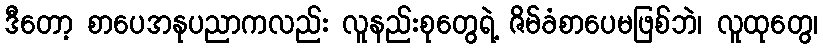
ဒီတော့ စာပေအနုပညာကလည်း လူနည်းစုတွေရဲ့ ဇိမ်ခံစာပေမဖြစ်ဘဲ၊ လူထုတွေ၊